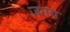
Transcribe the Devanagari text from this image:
जगय